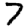
Digit: 7